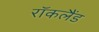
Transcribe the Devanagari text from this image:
रॉकलैंड